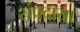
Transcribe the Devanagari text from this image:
संप्रदाया